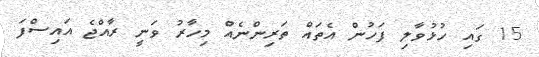
15 ގައި ހުޅުވާލި ފަހުން އެތައް ތަރިންނެއް މިހާރު ވަނީ ރާއްޖެ އައިސްފަ